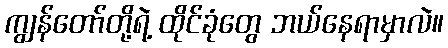
ကျွန်တော်တို့ရဲ့ ထိုင်ခုံတွေ ဘယ်နေရာမှာလဲ။